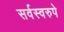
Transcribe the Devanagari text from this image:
सर्वस्वरुपे